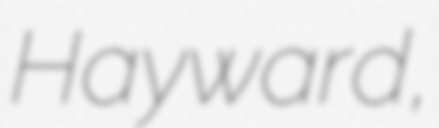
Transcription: Hayward,